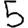
Digit: 5